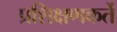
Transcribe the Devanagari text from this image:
प्रशिक्षणकर्ते